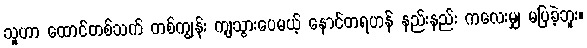
သူဟာ ထောင်တစ်သက် တစ်ကျွန်း ကျသွားပေမယ့် နောင်တရဟန် နည်းနည်း ကလေးမျှ မပြခဲ့ဘူး။